65_HS1-834228961_62-HQ-83894_Section_2
Agency: FBI
Page 167
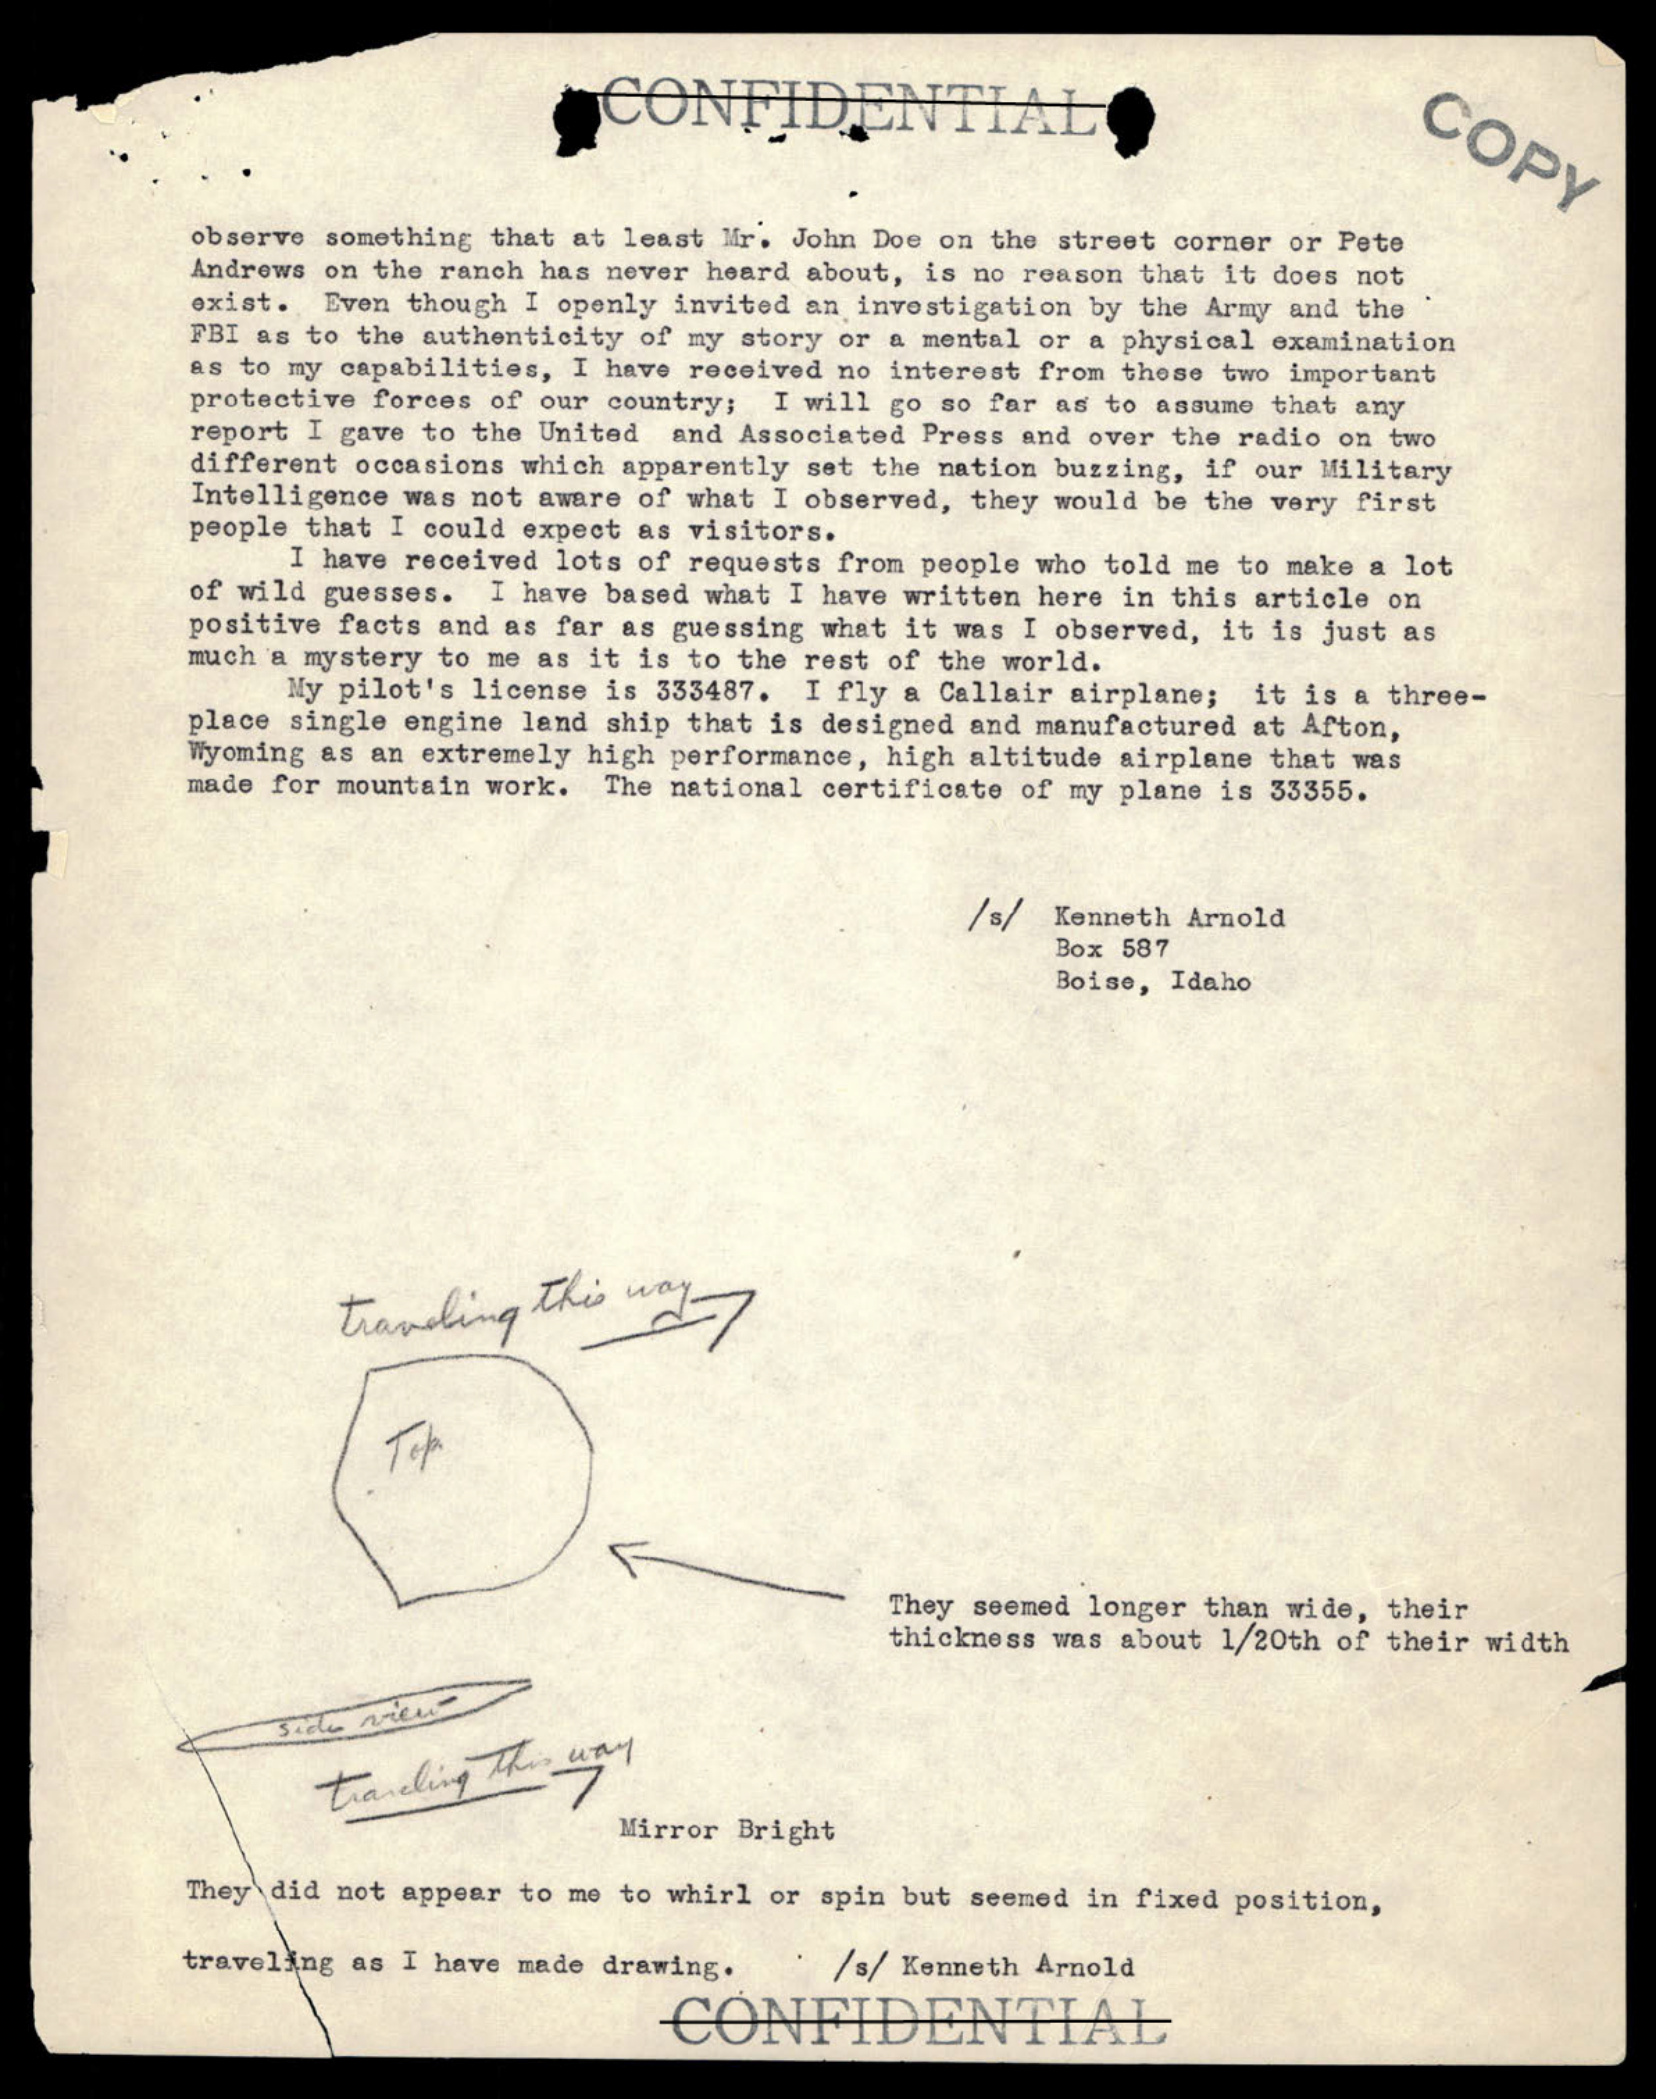